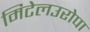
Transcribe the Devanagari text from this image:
मिटेलउरोपा